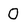
Character: 0